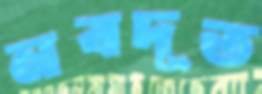
নবদূত